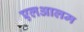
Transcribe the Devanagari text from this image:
एलआलम